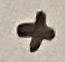
Text: +